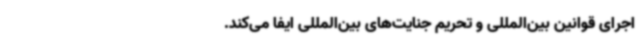
اجرای قوانین بین‌المللی و تحریم‌ جنایت‌های بین‌المللی ایفا می‌کند.